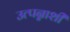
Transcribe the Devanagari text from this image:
उत्पन्नाशी